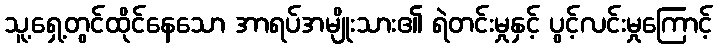
သူ့ရှေ့တွင်ထိုင်နေသော အာရပ်အမျိုးသား၏ ရဲတင်းမှုနှင့် ပွင့်လင်းမှုကြောင့်